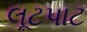
લૂટપાટ